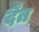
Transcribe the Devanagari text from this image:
दैत